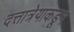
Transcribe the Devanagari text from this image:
दत्तात्रेयाकडून